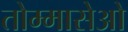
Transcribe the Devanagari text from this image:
तोम्मासेओ